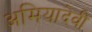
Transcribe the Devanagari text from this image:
अमियादेवी